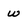
Character: w